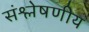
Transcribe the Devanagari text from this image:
संश्लेषणीय